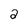
Character: 2